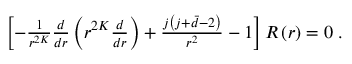
\begin{array} { r } { \left[ - \frac { 1 } { r ^ { 2 K } } \frac { d } { d r } \left( r ^ { 2 K } \frac { d } { d r } \right) + \frac { j \left( j + \bar { d } - 2 \right) } { r ^ { 2 } } - 1 \right] R \left( r \right) = 0 \; . } \end{array}